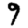
Digit: 9